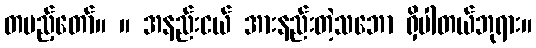
တပည့်တော်။ ။ အနည်းငယ် အားနည်းတဲ့သဘော ရှိပါတယ်ဘုရား။